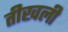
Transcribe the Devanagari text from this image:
तीखली